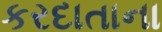
કરદાતાના